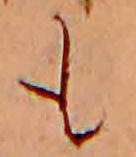
も